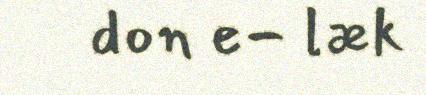
don e- læk